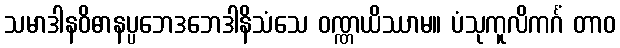
သမာဒါနဝိဓာနပ္ပဘေဒဘေဒါနိသံသေ ဝဏ္ဏယိဿာမ။ ပံသုကူလိကင်္ဂံ တာဝ